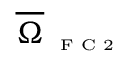
\overline { { \Omega } } _ { \textnormal { \tiny { F C 2 } } }